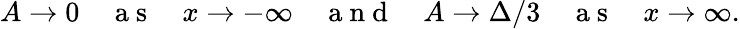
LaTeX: A\rightarrow 0\quad\mathrm{~a~s~}\quad x\rightarrow-\infty\quad\mathrm{~a~n~d~}\quad A\rightarrow\Delta/3\quad\mathrm{~a~s~}\quad x\rightarrow\infty.